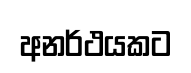
අනර්ථයකට